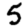
Digit: 5